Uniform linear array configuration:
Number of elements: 24
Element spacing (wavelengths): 0.75
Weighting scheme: cosine
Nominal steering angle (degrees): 15
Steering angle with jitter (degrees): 15.979
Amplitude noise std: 0.05
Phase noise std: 0.05

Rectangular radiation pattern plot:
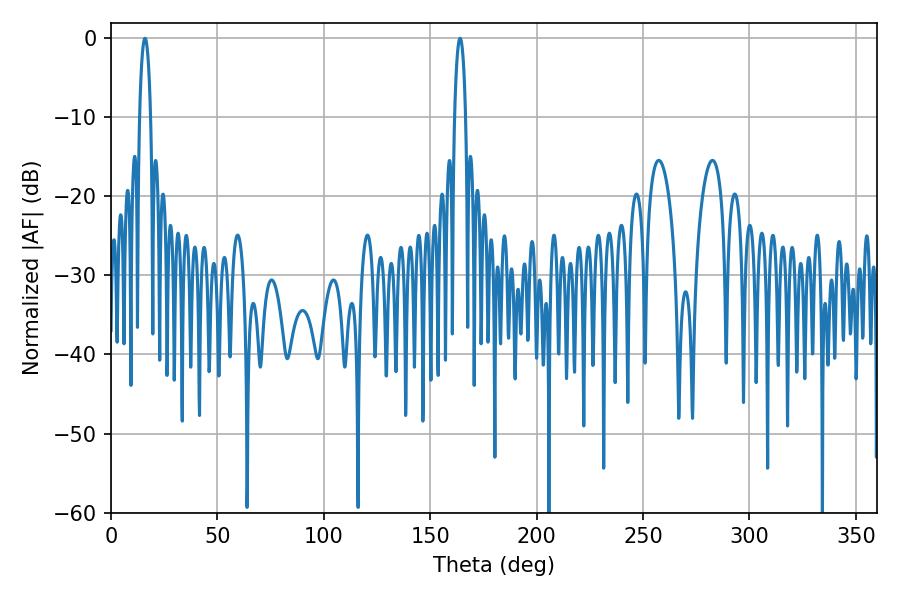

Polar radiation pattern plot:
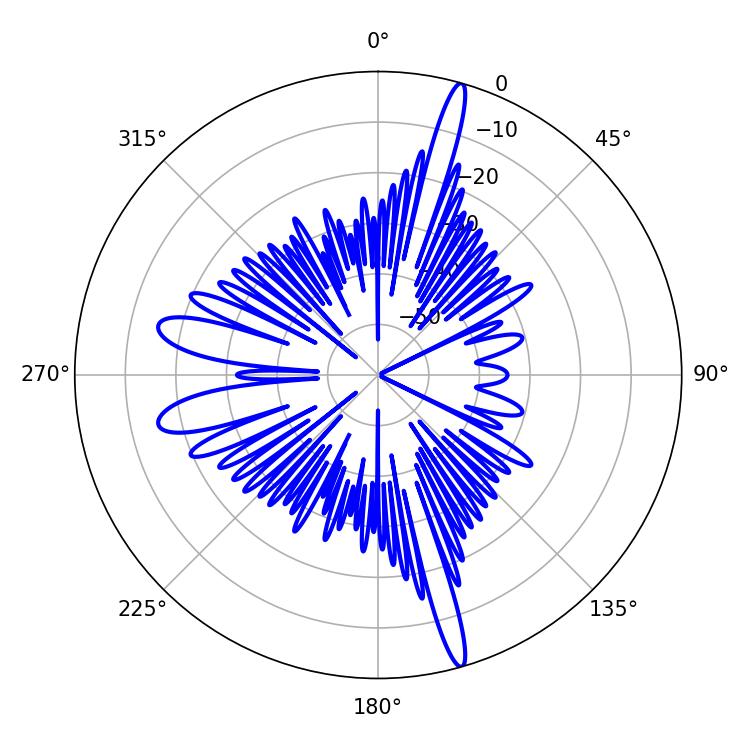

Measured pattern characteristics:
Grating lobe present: TRUE
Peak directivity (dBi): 19.377
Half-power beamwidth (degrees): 2.88
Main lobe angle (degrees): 16.02